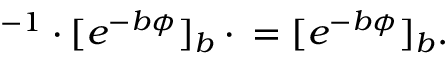
\SS ^ { - 1 } \cdot [ e ^ { - b \phi } ] _ { b } \cdot \SS = [ e ^ { - b \phi } ] _ { b } .